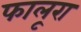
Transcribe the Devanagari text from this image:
फालूरा